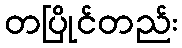
တပြိုင်တည်း